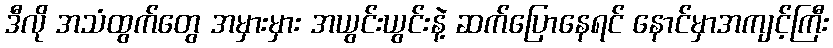
ဒီလို အသံထွက်တွေ အမှားမှား အယွင်းယွင်းနဲ့ ဆက်ပြောနေရင် နောင်မှာအကျင့်ကြီး